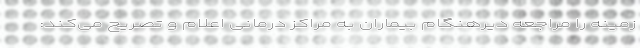
زمینه را مراجعه دیرهنگام بیماران به مراکز درمانی اعلام و تصریح می‌کند: